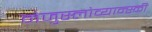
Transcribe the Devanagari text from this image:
मेजुस्लोव्यान्स्की